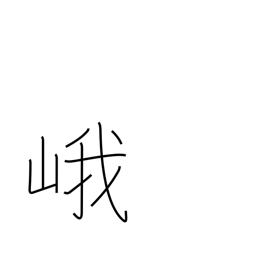
Meaning: high mountain